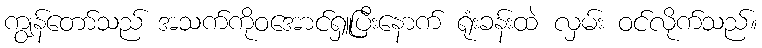
ကျွန်တော်သည် အသက်ကိုဝအောင်ရှူပြီးနောက် ရုံးခန်းထဲ လှမ်း ဝင်လိုက်သည်။